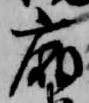
廂